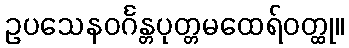
ဥပသေနဝင်္ဂန္တပုတ္တမထေရ်ဝတ္ထု။